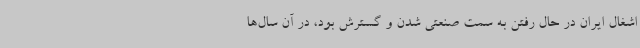
اشغال ایران در حال رفتن به سمت صنعتی شدن و گسترش بود، در آن‌ سال‌ها